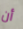
أن